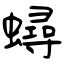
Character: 蟳